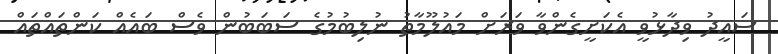
ސައީދު ވިދާޅުވީ އެކަށީގެންވާ ވަރަށް މައުލޫމާތު ނުލިބުމުގެ ސަބަބުން ވެސް ބައެއް ކަންތައްތައް